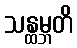
သန္ထမ္ဘတိ